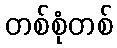
တစ်စုံတစ်